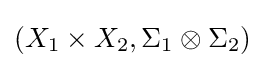
(X_{1}\times X_{2},\Sigma _{1}\otimes \Sigma _{2})